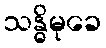
သန္ဓိမုခေ